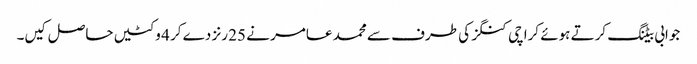
جوابی بیٹنگ کرتے ہوئے کراچی کنگز کی طرف سے محمد عامر نے 25 رنز دے کر 4 وکٹیں حاصل کیں۔